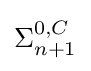
\Sigma _{n+1}^{0,C}